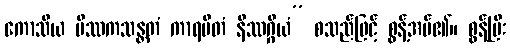
ကောသိယ မိဿကသန္တတံ ကာရပိတံ နိဿဂ္ဂိယံ” စသည်ဖြင့် စွန့်အပ်၏။ စွန့်ပြီး